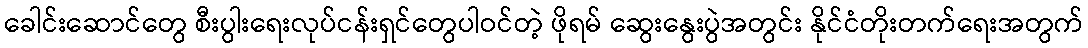
ခေါင်းဆောင်တွေ စီးပွါးရေးလုပ်ငန်းရှင်တွေပါဝင်တဲ့ ဖိုရမ် ဆွေးနွေးပွဲအတွင်း နိုင်ငံတိုးတက်ရေးအတွက်